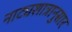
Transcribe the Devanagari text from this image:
नाट्यशात्रानुसार